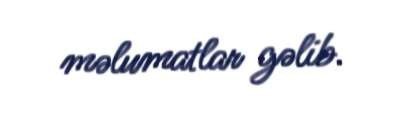
məlumatlar gəlib.